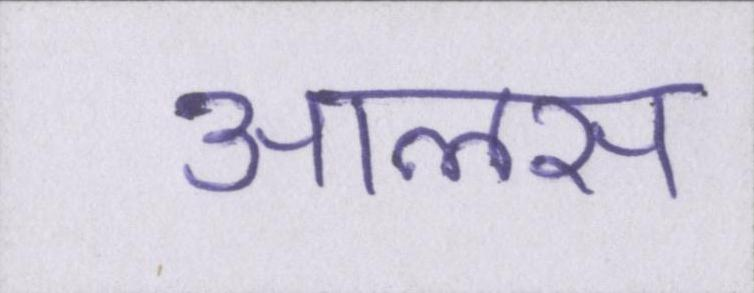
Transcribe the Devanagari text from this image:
आलस